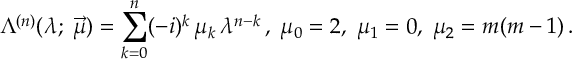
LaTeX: \Lambda ^ { ( n ) } ( \lambda ; \; \vec { \mu } ) = \sum _ { k = 0 } ^ { n } ( - i ) ^ { k } \, \mu _ { k } \, \lambda ^ { n - k } \, , \; \mu _ { 0 } = 2 , \; \mu _ { 1 } = 0 , \; \mu _ { 2 } = m ( m - 1 ) \, .